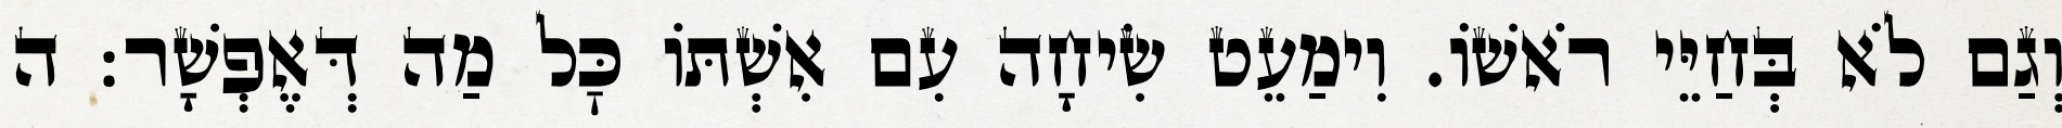
וְגַם לֹא בְּחַיֵּי רֹאשׁוֹ. וִימַעֵט שִׂיחָה עִם אִשְׁתּוֹ כׇּל מַה דְּאֶפְשָׁר: ה